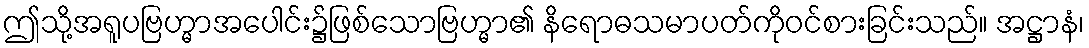
ဤသို့အရူပဗြဟ္မာအပေါင်း၌ဖြစ်သောဗြဟ္မာ၏ နိရောဓသမာပတ်ကိုဝင်စားခြင်းသည်။ အဋ္ဌာနံ၊